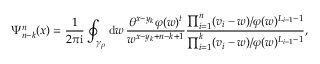
\Psi _ { n - k } ^ { n } ( x ) = \frac { 1 } { 2 \pi \mathrm { i } } \oint _ { \gamma _ { \rho } } \mathrm { d } w \, \frac { \theta ^ { x - y _ { k } } \varphi ( w ) ^ { t } } { w ^ { x - y _ { k } + n - k + 1 } } \frac { \prod _ { i = 1 } ^ { n } ( v _ { i } - w ) / \varphi ( w ) ^ { L _ { i - 1 } - 1 } } { \prod _ { i = 1 } ^ { k } ( v _ { i } - w ) / \varphi ( w ) ^ { L _ { i - 1 } - 1 } } ,